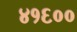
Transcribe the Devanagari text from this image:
४१६००